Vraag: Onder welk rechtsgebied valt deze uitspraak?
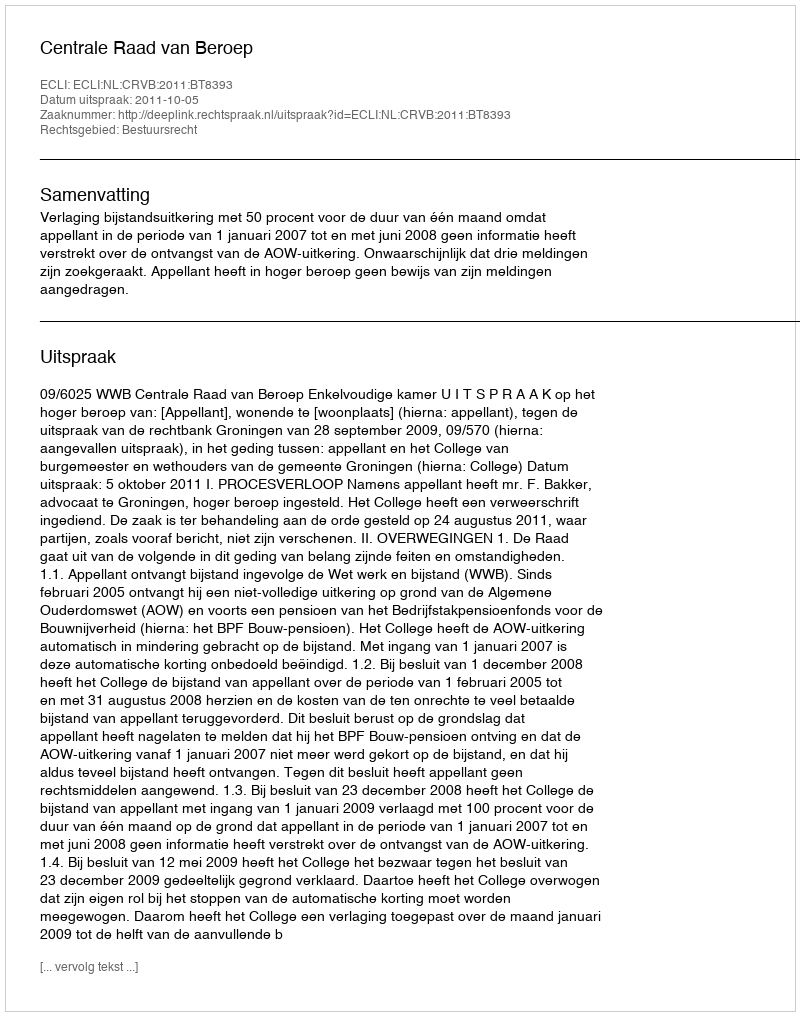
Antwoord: Bestuursrecht